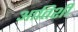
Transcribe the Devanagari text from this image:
आतिशी